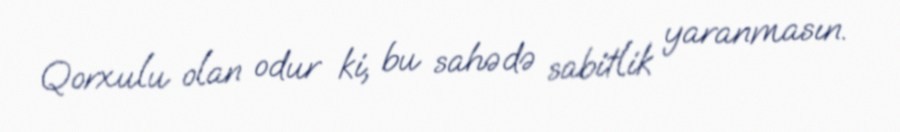
Qorxulu olan odur ki, bu sahədə sabitlik yaranmasın.